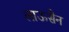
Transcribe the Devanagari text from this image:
लाऊसैन